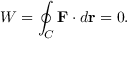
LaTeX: W = \oint _ { C } \mathbf { F } \cdot d { \mathbf { r } } = 0 .